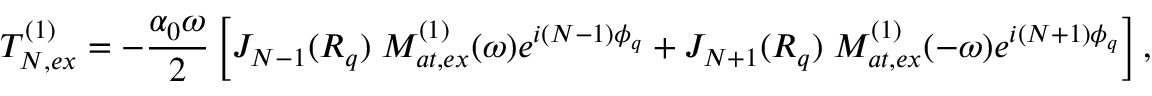
T _ { N , e x } ^ { ( 1 ) } = - \frac { \alpha _ { 0 } \omega } { 2 } \left[ J _ { N - 1 } ( { \cal R } _ { q } ) \; { \cal M } _ { a t , e x } ^ { ( 1 ) } ( \omega ) e ^ { i ( N - 1 ) \phi _ { q } } + J _ { N + 1 } ( { \cal R } _ { q } ) \; { \cal M } _ { a t , e x } ^ { ( 1 ) } ( - \omega ) e ^ { i ( N + 1 ) \phi _ { q } } \right] ,